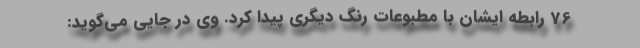
76 رابطه ایشان با مطبوعات رنگ دیگری پیدا کرد. وی در جایی می‌گوید: